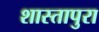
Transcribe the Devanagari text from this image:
शास्तापुरा